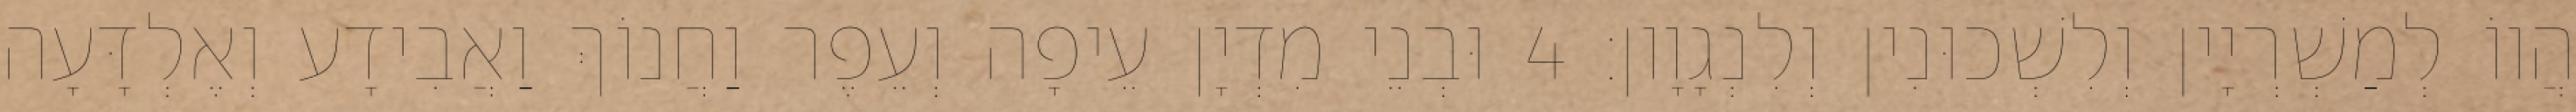
הֲווֹ לְמַשְׁרְיָין וְלִשְׁכוּנִין וְלִנְגָוָון׃ 4 וּבְנֵי מִדְיָן עֵיפָה וְעֵפֶר וַחֲנוֹךְ וַאֲבִידָע וְאֶלְדָּעָה